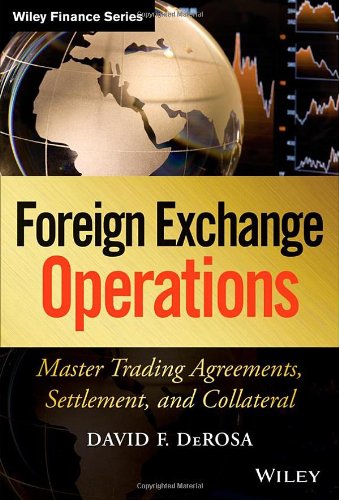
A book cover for Foreign Exchange Operations: Master Trading Agreements, Settlement, and Collateral; David F. DeRosa; Business & Money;